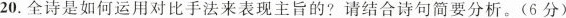
20.全诗是如何运用对比手法来表现主旨的?请结合诗句简要分析。(6分)